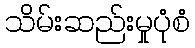
သိမ်းဆည်းမှုပုံစံ